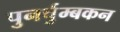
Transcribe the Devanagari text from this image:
पुनर्चुम्बकन